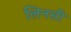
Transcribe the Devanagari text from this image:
लिनसी